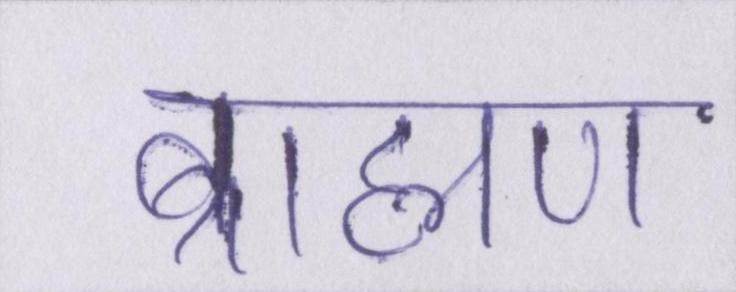
ब्राह्मण